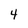
Character: 4